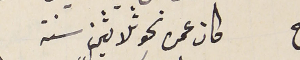
ج كان عمره نحو ثلاثين سنة